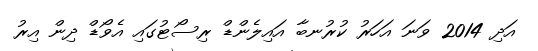
އަދި 2014 ވަނަ އަހަރު ކުރުނބާ އައިލެންޑް ރިސޯޓުގައި އެވޯޑް ދިން އިރު